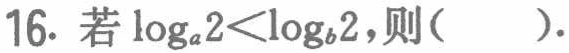
16. 若\(\log_{a}2<\log_{b}2\)，则( ).